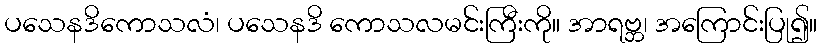
ပသေနဒိကောသလံ၊ ပသေနဒိ ကောသလမင်းကြီးကို။ အာရဗ္ဘ၊ အကြောင်းပြု၍။